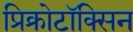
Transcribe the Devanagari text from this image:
प्रिक्रोटॉक्सिन